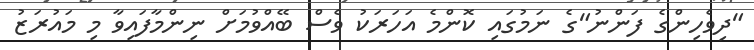
"ދިވެހިންގެ ފަންނު"ގެ ނަމުގައި ކޮންމެ އަހަރަކު ވެސް ބޭއްވުމަށް ނިންމާފައިވާ މި މައުރަޒު